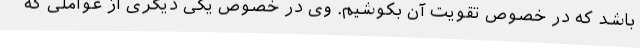
باشد که در خصوص تقویت آن بکوشیم. وی در خصوص یکی دیگری از عواملی که